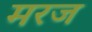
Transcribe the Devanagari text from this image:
मरज